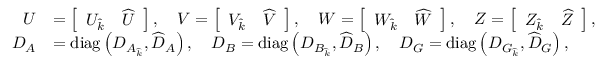
\begin{array} { r l } { U } & { = \left[ \begin{array} { l l } { U _ { \widehat { k } } } & { \widehat { U } } \end{array} \right] , \quad V = \left[ \begin{array} { l l } { V _ { \widehat { k } } } & { \widehat { V } } \end{array} \right] , \quad W = \left[ \begin{array} { l l } { W _ { \widehat { k } } } & { \widehat { W } } \end{array} \right] , \quad Z = \left[ \begin{array} { l l } { Z _ { \widehat { k } } } & { \widehat { Z } } \end{array} \right] , } \\ { D _ { A } } & { = \operatorname { d i a g } \left( D _ { A _ { \widehat { k } } } , \widehat { D } _ { A } \right) , \quad D _ { B } = \operatorname { d i a g } \left( D _ { B _ { \widehat { k } } } , \widehat { D } _ { B } \right) , \quad D _ { G } = \operatorname { d i a g } \left( D _ { G _ { \widehat { k } } } , \widehat { D } _ { G } \right) , } \end{array}